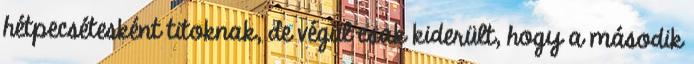
hétpecsétesként titoknak, de végül csak kiderült, hogy a második